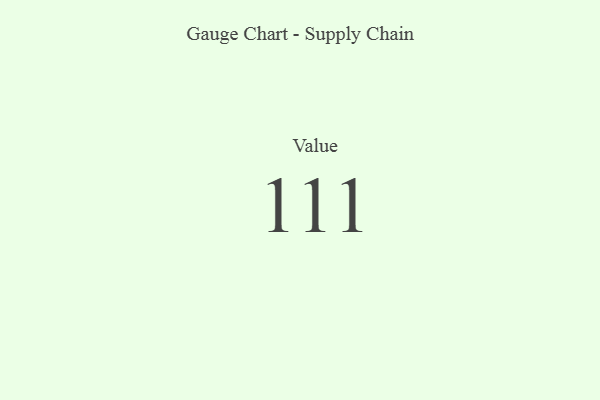
{"axis": {"x": "Metric", "y": "Value"}, "legend": [""], "data": [{"x": "Value", "y": 111, "type": ""}]}